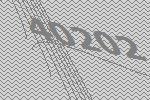
40202